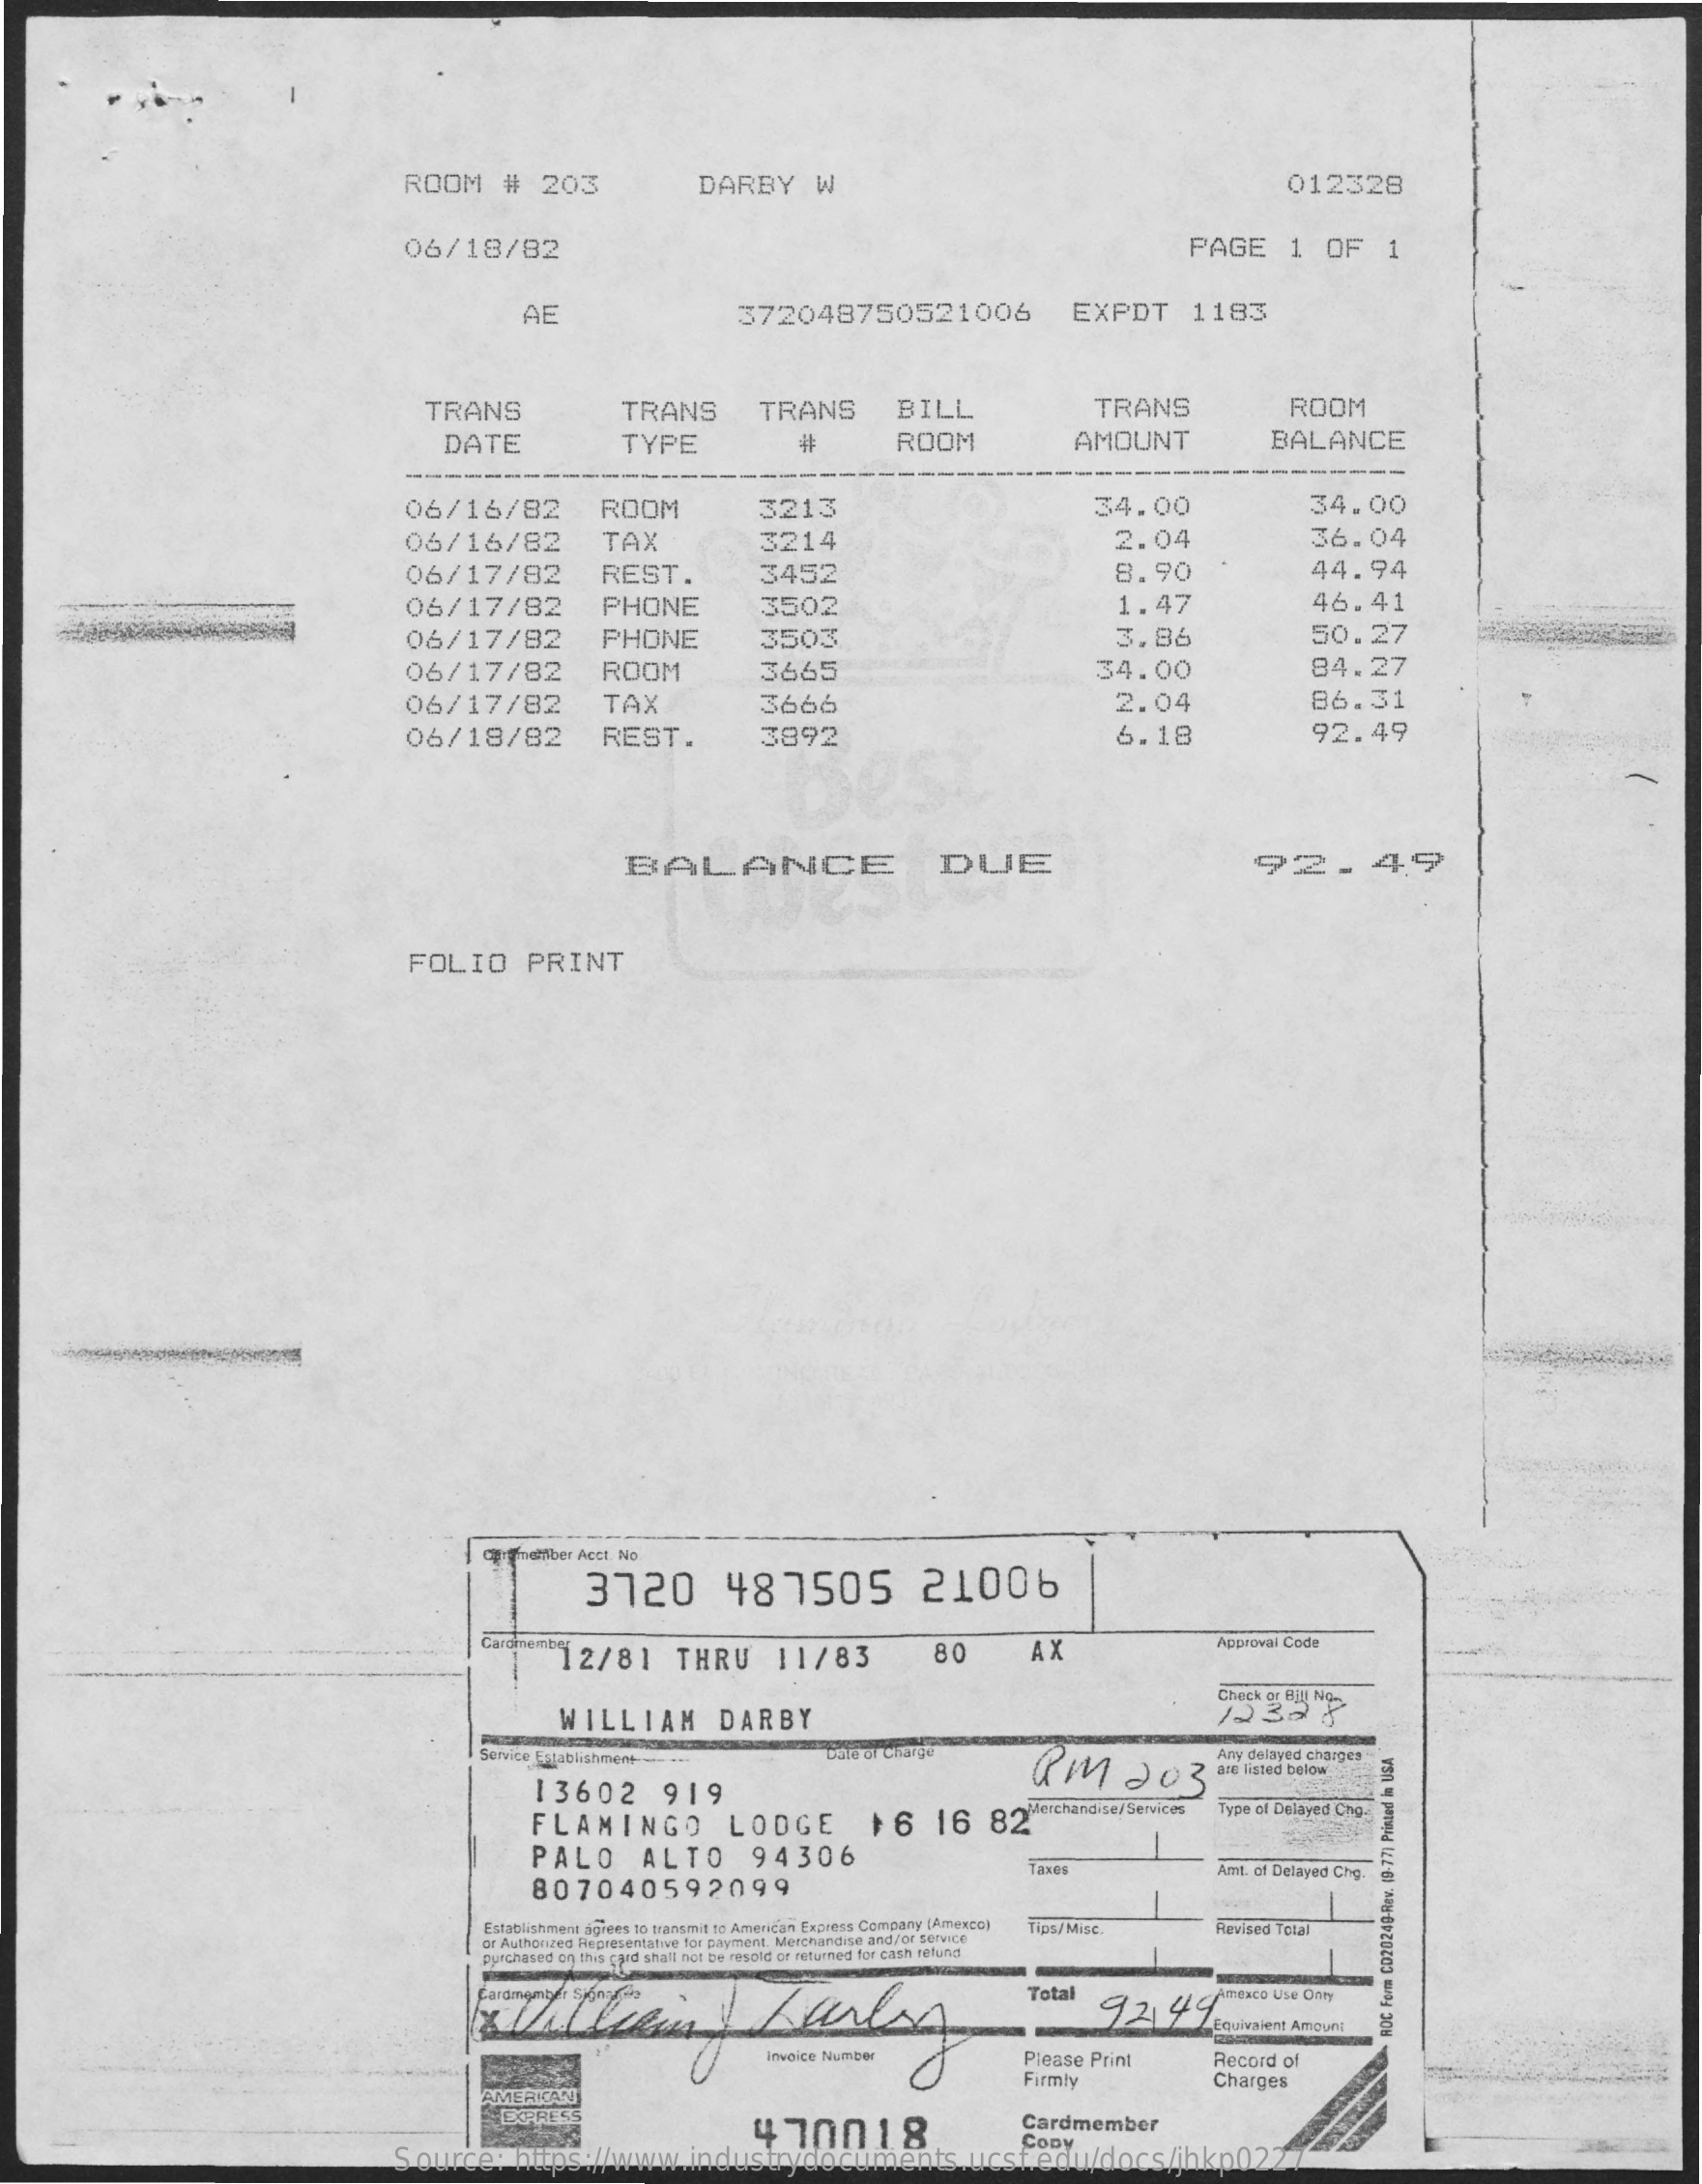
ROOM    #   203    DARBY    W    012328
     06/18/82    PAGE    1   OF    1
     AE    372048750521006    EXPDT    1183
     TRANS    TRANS    TRANS    BILL    TRANS    ROOM
     DATE    TYPE    ROOM    AMOUNT    BALANCE
     --
     06/16/82    ROOM    3213    34.00    34.00
     06/16/82    TAX    3214    2.04    36.04
     06/17/82    REST.    3452    8.90    44.94
     06/17/82    PHONE    3502    1.47    46.41
     06/17/82    PHONE    3503    3.86    50.27
     06/17/82    ROOM    3665    34.00    84.27
     06/17/82    TAX    3666    2.04    86.31
     06/18/82    REST.    3892    6.18    92.49
     BALANCE    DUE    92.49
     FOLIO    PRINT
     aprffnetfiber Acct. No
     3720    48    7505    21006
     Caromember 12/81    THRU    11/83    80    AX    Approval Code
     WILLIAM    DARBY
     Check at Bill No>
     Service Establishment
     RM    203
     Any delayed charges
     13602    919
     are Listed below
     FLAMINGO    LODGE    16    16    82"
     Type of Delayed Cro-
     PALO    ALTO    94306
     807040592099
     Taxes    Amt. of Delayed Chp.
     Establishment agrees to transmit to American Express Company (Amexco)
     or Authonzed Representative for payment. Merchandise and/or service
     Tips/Misc.    Revised Total
     purchased on this cjed shall not be resold or returned for cash refund
     Total
     92.49.
     Amexco Use Dory
     Equivalent Amount  ROC
     Form
     CD20249-Rev.
     19-77)
     Printed
     in
     USA
     Please Print
     Firmly
     Record  of
     Charges
     4   70018    Cardmember
     Source:    https://www.industrydocuments.ucsf.edu/docs/jhkp0227
     Conv